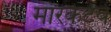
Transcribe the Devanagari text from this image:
मारकेटेवं